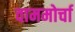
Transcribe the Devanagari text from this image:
वाममोर्चा